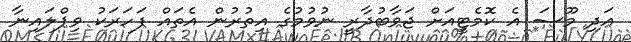
އަދި މޫސަ އެ ކޮމެޓީއަށް ޖަވާބުދާރީ ނުވުމުގެ އިތުރުން އެތައް ފަހަރަކު ވިޕްލައިނާ